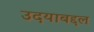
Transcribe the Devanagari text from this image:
उदयाबद्दल